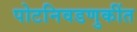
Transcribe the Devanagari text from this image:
पोटनिवडणुकींत